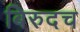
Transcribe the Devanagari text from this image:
बिरुदच